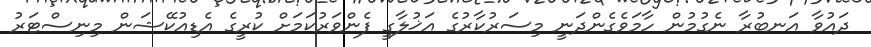
ދައުވާ އަނބުރާ ނެގުމުން ހާމަވެގެންދަނީ މިސަރުކާރުގެ އަޚުލާގީ ފެންވަރުކަމަށް ކުރީގެ އެޑިއުކޭޝަން މިނިސްޓަރު